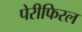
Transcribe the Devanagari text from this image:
पेरीफिरल